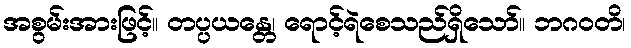
အစွမ်းအားဖြင့်။ တပ္ပယန္တေ၊ ရောင့်ရဲစေသည်ရှိသော်။ ဘဂဝတိ၊